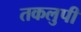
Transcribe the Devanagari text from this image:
तकलुपी